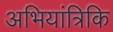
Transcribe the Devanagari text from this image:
अभियांत्रिकि